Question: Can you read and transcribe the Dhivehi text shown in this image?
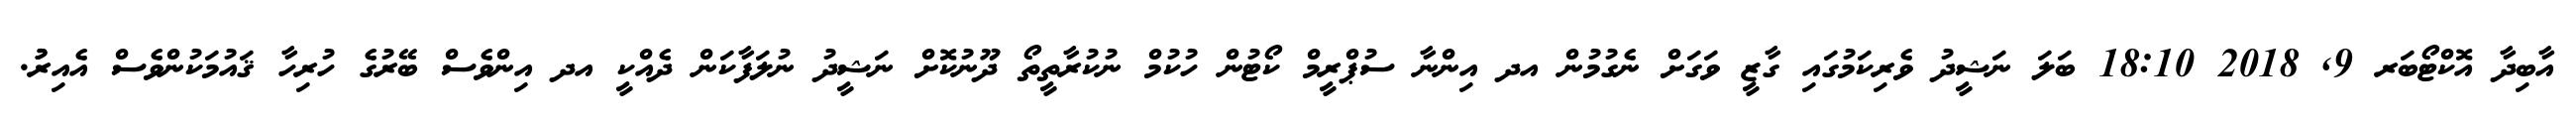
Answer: އާބިދާ އޮކްޓޯބަރ 9, 2018 18:10 ބަލަ ނަޝީދު ވެރިކަމުގައި ގާޒީ ވަގަށް ނެގުމުން އދ އިންނާ ސުޕްރީމް ކޯޓުން ހުކުމް ނުކުރާތީތޯ ދޫނުކޮށް ނަޝީދު ނުލަފާކަން ދެއްކީ އދ އިންވެސް ބޭރުގެ ހުރިހާ ޤައުމަކުންވެސް އެއިރުު.